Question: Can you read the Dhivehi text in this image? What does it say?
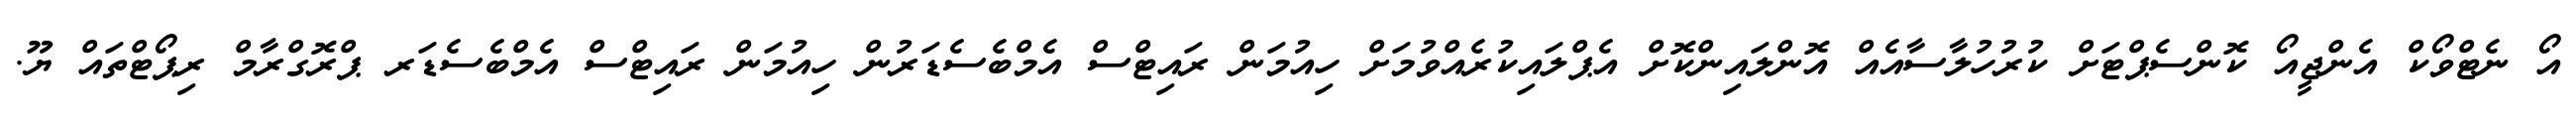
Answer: އޯ ނެޓްވޯކް އެންޖީއޯ ކޮންސެޕްޓަށް ކުރުހުލާސާއެއް އޮންލައިންކޮށް އެޕްލައިކުރެއްވުމަށް ހިއުމަން ރައިޓްސް އެމްބެސެޑަރުން ހިއުމަން ރައިޓްސް އެމްބެސެޑަރ ޕްރޮގްރާމް ރިޕޯޓްތައް ޔޫ.